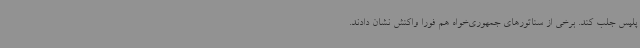
پلیس جلب کند. برخی از سناتورهای جمهوری‌خواه هم فورا واکنش نشان دادند.